Civil Veterinary Dept. Bombay admin report 1932-41 - 1932-1941
Year: 1932
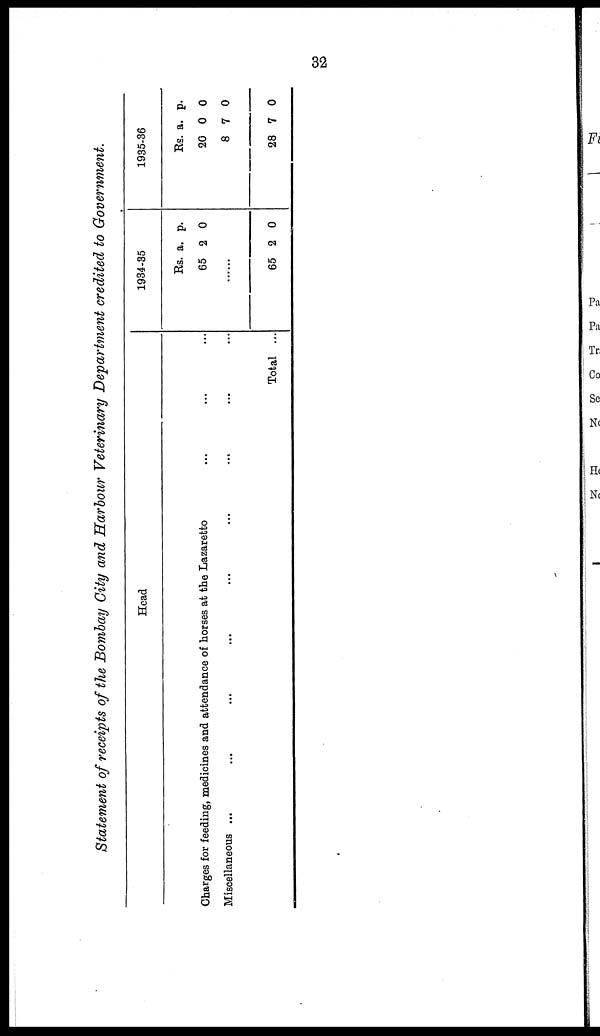
32
Statement of receipts of the Bombay City and Harbour Veterinary Department credited to Government.
Head
Charges for feeding, medicines and attendance of horses at the Lazaretto
...
...
...
Miscellaneous ...
...
...
...
...
...
...
...
...
Total ...
1934-35
Rs.
65
......
65
a.
2
2
p.
0
0
1935-36
Rs.
20
8
28
a.
0
7
7
p.
0
0
0